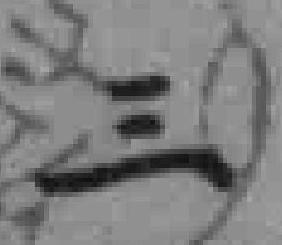
三